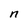
Character: n